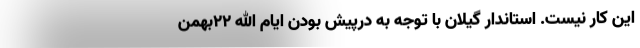
این کار نیست. استاندار گیلان با توجه به درپیش بودن ایام الله ۲۲بهمن